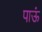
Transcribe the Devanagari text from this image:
पाऊं